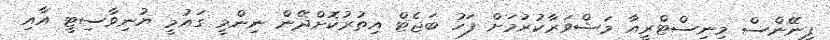
ފިނޭންސް މިނިސްޓްރީއާ މަޝްވަރާކުރުމަށް ފަހު ބަޖެޓް އިތުރުކޮށްދޭން ނިންމީ ގައުމީ ޔުނިވާސިޓީ އާއި